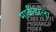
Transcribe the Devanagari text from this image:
मार्कंडाला